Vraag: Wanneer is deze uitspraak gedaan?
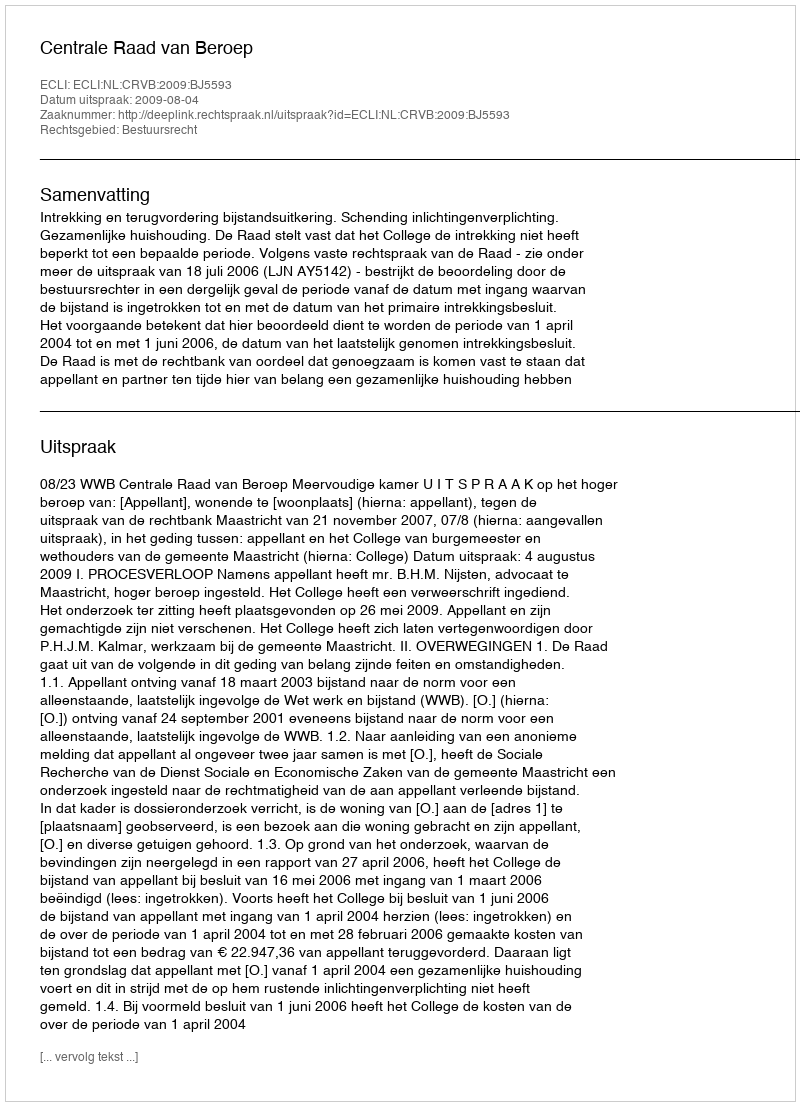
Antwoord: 2009-08-04